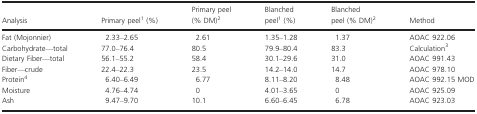
| Analysis | Primary peel1 (%) | Primary peel (% DM)2 | Blanched peel1 (%) | Blanched peel (% DM)2 | Method |
 | --- | --- | --- | --- | --- | --- |
 | Fat (Mojonnier) | 2.33–2.65 | 2.61 | 1.35–1.28 | 1.37 | AOAC 922.06 |
 | Carbohydrate—total | 77.0–76.4 | 80.5 | 79.9–80.4 | 83.3 | Calculation3 |
 | Dietary Fiber—total | 56.1–55.2 | 58.4 | 30.1–29.6 | 31.0 | AOAC 991.43 |
 | Fiber—crude | 22.4–22.3 | 23.5 | 14.2–14.0 | 14.7 | AOAC 978.10 |
 | Protein4 | 6.40–6.49 | 6.77 | 8.11–8.20 | 8.48 | AOAC 992.15 MOD |
 | Moisture | 4.76–4.74 | 0 | 4.01–3.65 | 0 | AOAC 925.09 |
 | Ash | 9.47–9.70 | 10.1 | 6.60–6.45 | 6.78 | AOAC 923.03 |